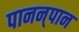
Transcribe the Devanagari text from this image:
पानन्‌पान